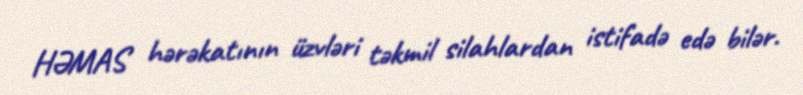
HƏMAS hərəkatının üzvləri təkmil silahlardan istifadə edə bilər.